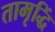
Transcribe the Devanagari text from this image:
तामृद्धिं